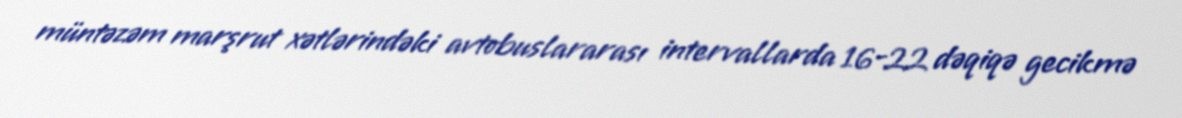
müntəzəm marşrut xətlərindəki avtobuslararası intervallarda 16-22 dəqiqə gecikmə